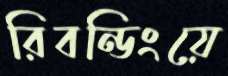
রিবন্ডিংয়ে